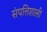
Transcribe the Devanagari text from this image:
संपत्तिशाली